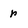
Character: r